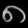
Digit: ၈